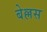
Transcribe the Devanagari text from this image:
बेल्लस